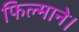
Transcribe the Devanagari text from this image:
फिल्माने।